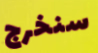
سنخرج